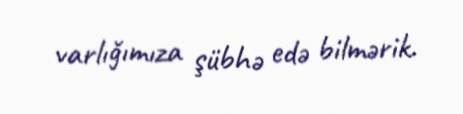
varlığımıza şübhə edə bilmərik.